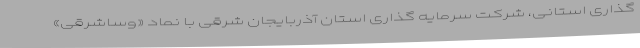
گذاری استانی، شرکت سرمایه گذاری استان آذربایجان شرقی با نماد «وساشرقی»